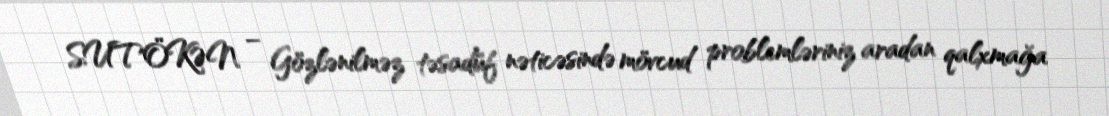
SUTÖKƏN – Gözlənilməz təsadüf nəticəsində mövcud problemləriniz aradan qalxmağa